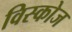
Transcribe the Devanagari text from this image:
विस्कोज